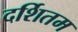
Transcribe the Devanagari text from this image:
दर्शितम